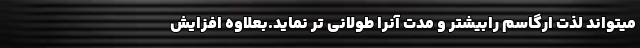
میتواند لذت ارگاسم رابیشتر و مدت آنرا طولانی تر نماید.بعلاوه افزایش